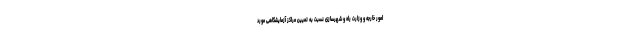
امور خارجه و وزارت راه و شهرسازی نسبت به تعیین مراکز آزمایشگاهی مورد